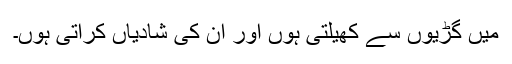
میں گڑیوں سے کھیلتی ہوں اور ان کی شادیاں کراتی ہوں۔